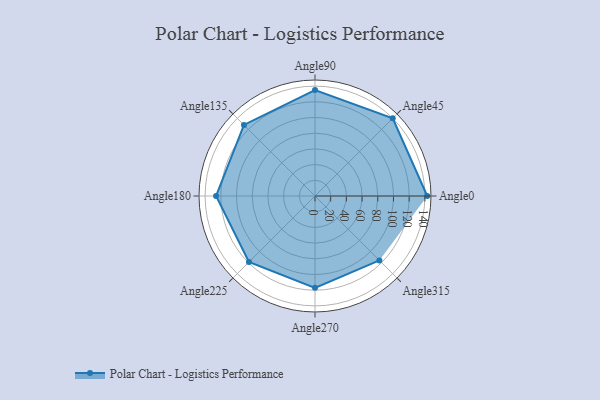
{"axis": {"x": "Angle", "y": "Radius"}, "legend": [""], "data": [{"x": "Angle0", "y": 143.0, "type": ""}, {"x": "Angle45", "y": 140.0, "type": ""}, {"x": "Angle90", "y": 135.0, "type": ""}, {"x": "Angle135", "y": 128.0, "type": ""}, {"x": "Angle180", "y": 126.0, "type": ""}, {"x": "Angle225", "y": 119.0, "type": ""}, {"x": "Angle270", "y": 117.0, "type": ""}, {"x": "Angle315", "y": 116.0, "type": ""}]}